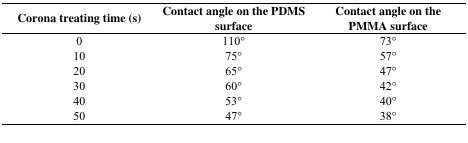
<table><thead><tr><td><b>Corona treating time (s)</b></td><td><b>Contact angle on the PDMS surface</b></td><td><b>Contact angle on the PMMA surface</b></td></tr></thead><tbody><tr><td>0</td><td>110°</td><td>73°</td></tr><tr><td>10</td><td>75°</td><td>57°</td></tr><tr><td>20</td><td>65°</td><td>47°</td></tr><tr><td>30</td><td>60°</td><td>42°</td></tr><tr><td>40</td><td>53°</td><td>40°</td></tr><tr><td>50</td><td>47°</td><td>38°</td></tr></tbody></table>